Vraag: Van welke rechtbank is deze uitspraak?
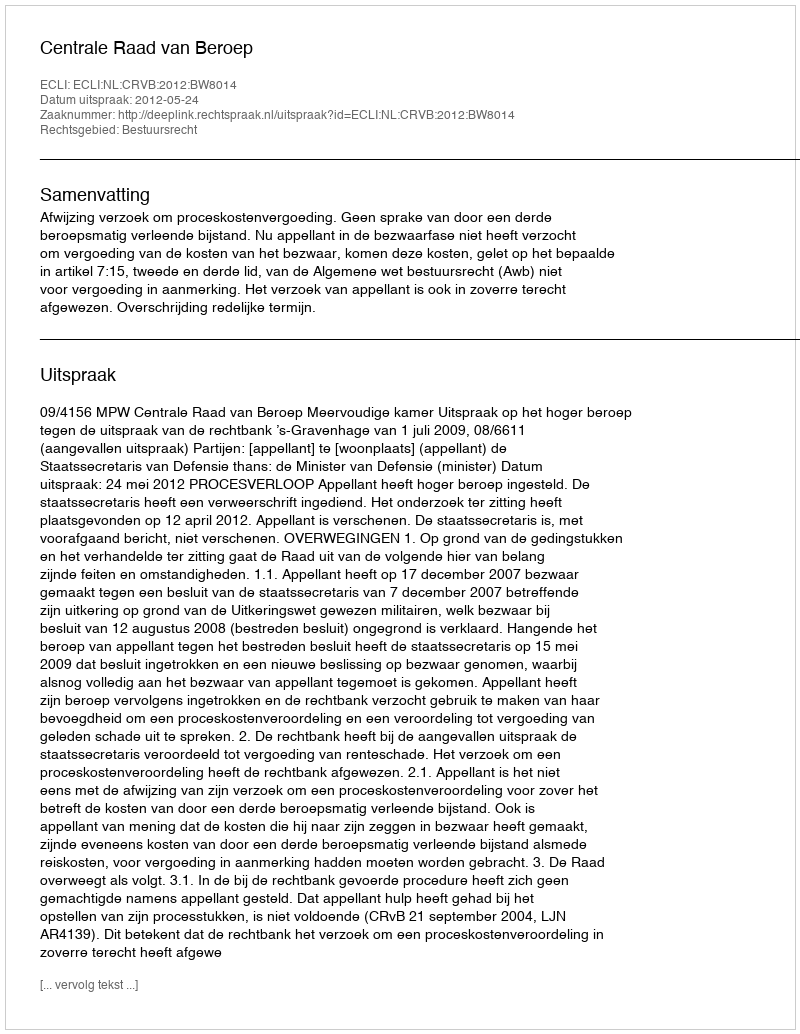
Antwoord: Centrale Raad van Beroep